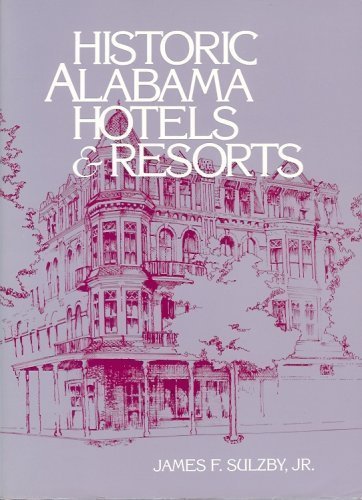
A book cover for Historic Alabama Hotels and Resorts; James Sulzby; Travel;